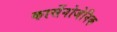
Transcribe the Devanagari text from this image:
कार्सेनोजेनिक